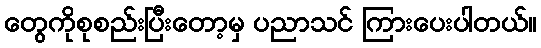
တွေကိုစုစည်းပြီးတော့မှ ပညာသင် ကြားပေးပါတယ်။